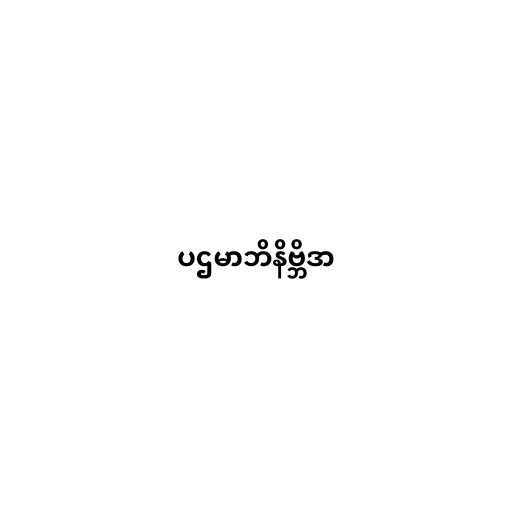
ပဌမာဘိနိဗ္ဘိဒာ